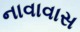
નાવાવાસ